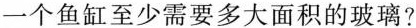
一个鱼缸至少需要多大面积的玻璃?